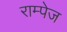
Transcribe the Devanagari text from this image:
राम्पेज